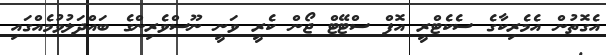
އެގޮތުން އެމެރިކާގެ ސެކެޓްރީ އޮފް ސްޓޭޓް ޖޯން ކެރީ ވަނީ ނޫސްވެރިންގެ ބައްދަލުވުމެއްގައި